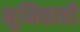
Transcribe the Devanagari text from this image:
भुमिकाही